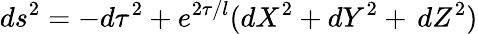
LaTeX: ds^{2}=-d\tau^{2}+e^{2\tau/l}(dX^{2}+dY^{2}+\, dZ^{2})